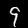
Label: 9